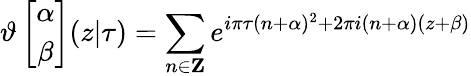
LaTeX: \vartheta\left[\begin{array}{c}{{\alpha}}\\ {{\beta}}\end{array}\right](z|\tau)=\sum_{n\in{\mathbf Z}}e^{i\pi\tau(n+\alpha)^{2}+2\pi i(n+\alpha)(z+\beta)}